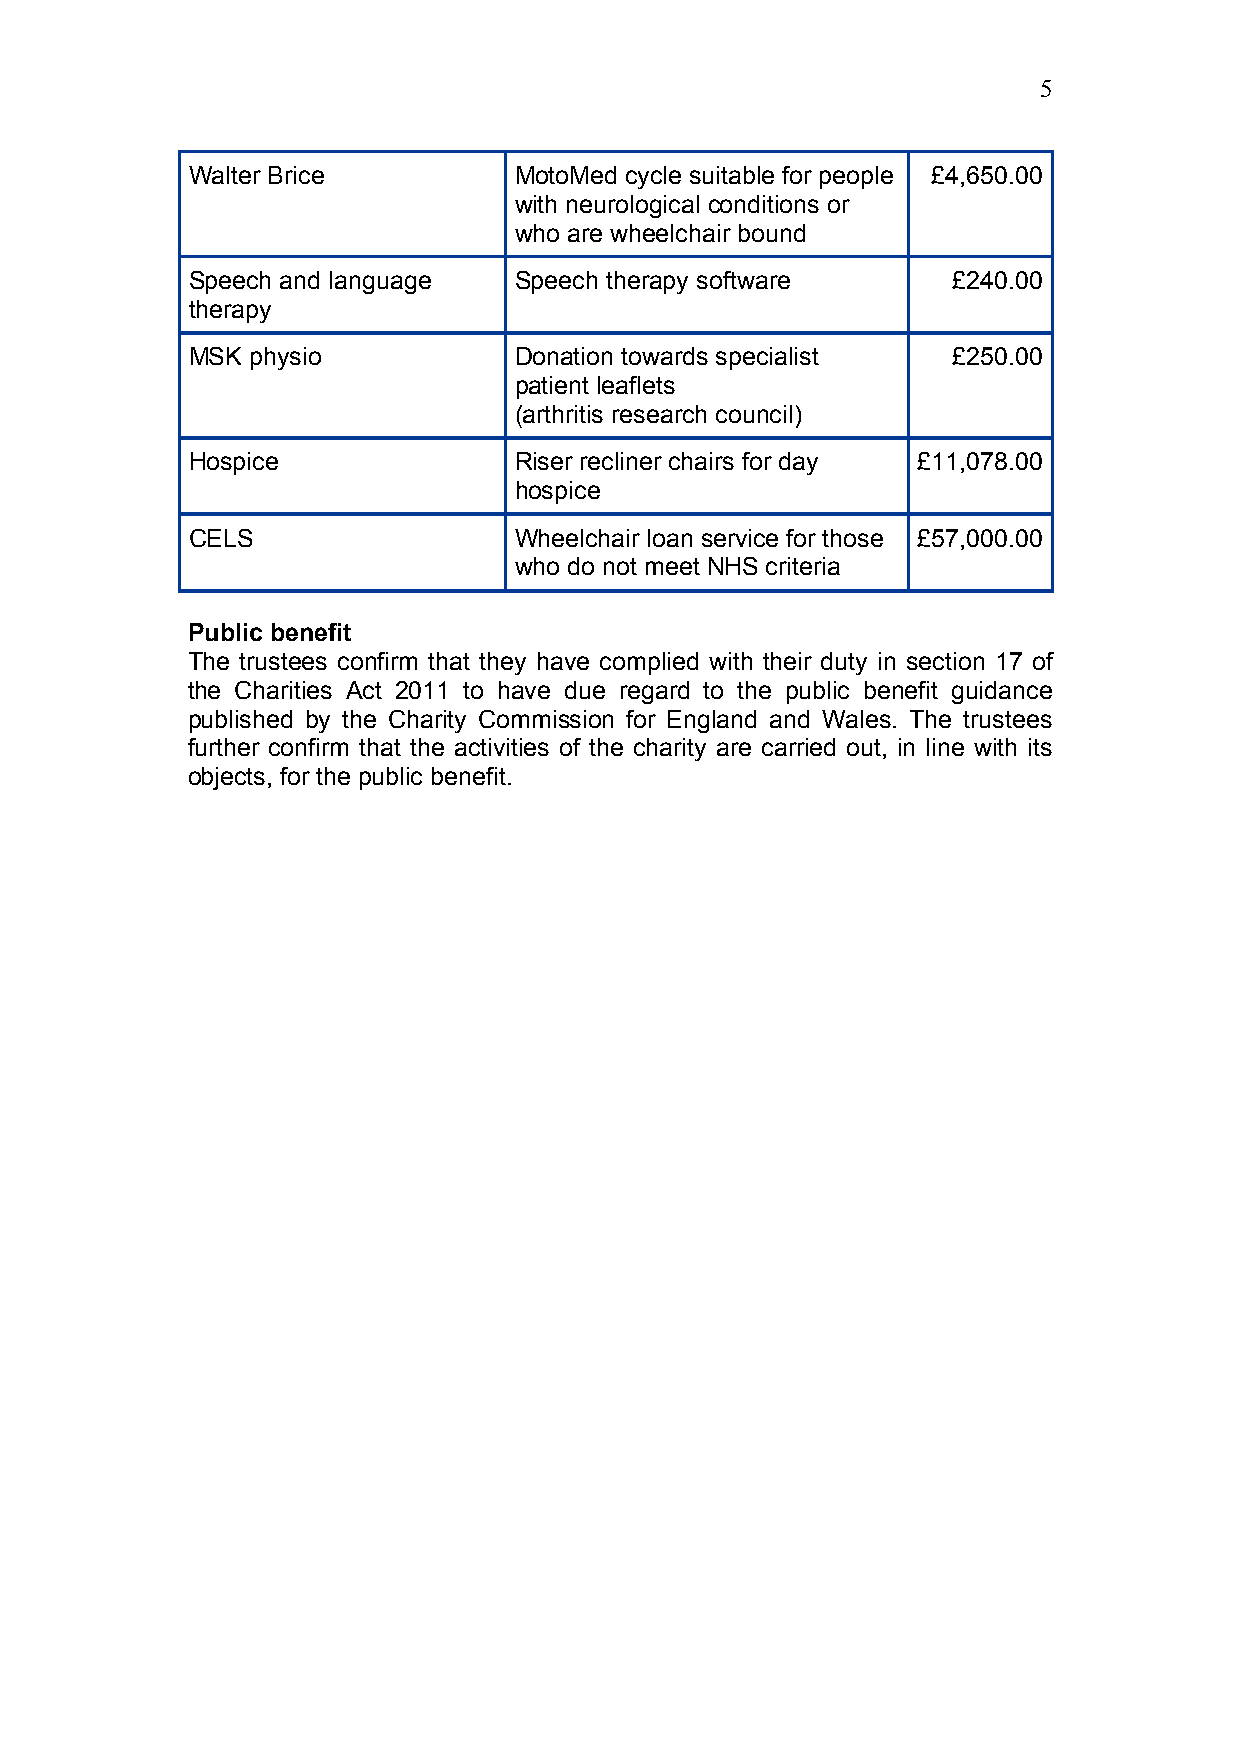
5
 Walter Brice          MotoMed cycle suitable for people £4,650.00
 with neurological conditions or
 who are wheelchair bound
 Speech and language   Speech therapy software      £240.00
 therapy
 MSK  physio           Donation towards specialist  £250.00
 patient leaflets
 (arthritis research council)
 Hospice               Riser recliner chairs for day £11,078.00
 hospice
 CELS                  Wheelchair loan service for those £57,000.00
 who do not meet NHS criteria
 Public benefit
 The trustees confirm that they have complied with their duty in section 17 of
 the Charities Act 2011 to have due regard to the public benefit guidance
 published by the Charity Commission for England and Wales. The trustees
 further confirm that the activities of the charity are carried out, in line with its
 objects, for the public benefit.